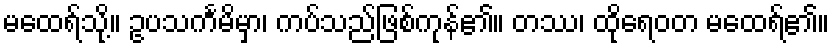
မထေရ်သို့။ ဥပသင်္ကမိမှာ၊ ကပ်သည်ဖြစ်ကုန်၏။ တဿ၊ ထိုရေဝတ မထေရ်၏။